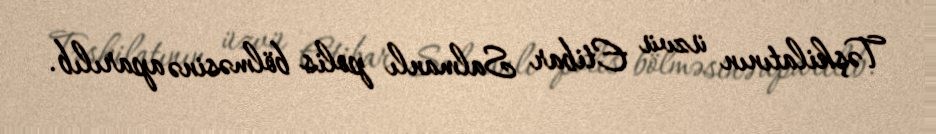
Təşkilatının üzvü Etibar Salmanlı polis bölməsinə aparılıb.